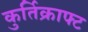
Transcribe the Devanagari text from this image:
कुर्तिक्राफ्ट